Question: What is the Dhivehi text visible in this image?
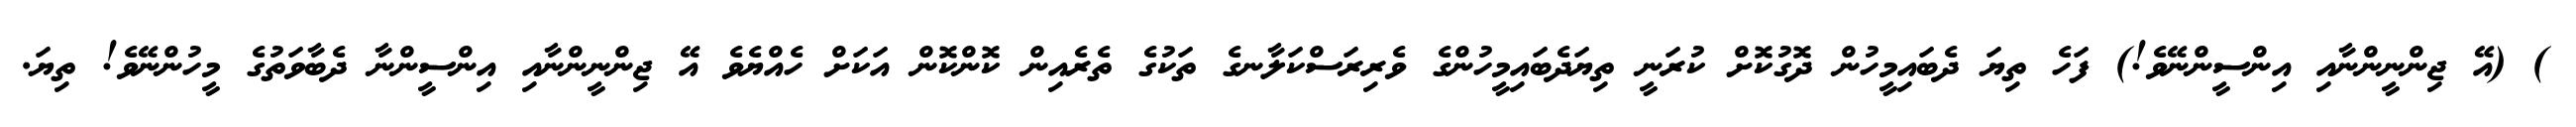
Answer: ) (އޭ ޖިންނީންނާއި އިންސީންނޭވެ!) ފަހެ ތިޔަ ދެބައިމީހުން ދޮގުކޮށް ކުރަނީ ތިޔަދެބައިމީހުންގެ ވެރިރަސްކަލާނގެ ތަކުގެ ތެރެއިން ކޮންކޮން އަކަށް ހެއްޔެވެ އޭ ޖިންނީންނާއި އިންސީންނާ ދެބާވަތުގެ މީހުންނޭވެ! ތިޔަ.